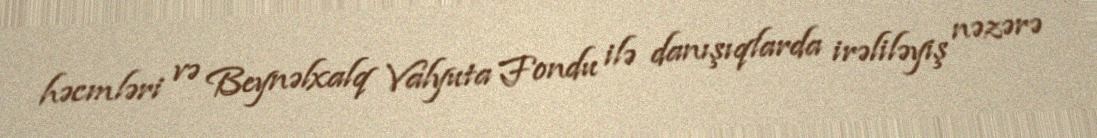
həcmləri və Beynəlxalq Valyuta Fondu ilə danışıqlarda irəliləyiş nəzərə